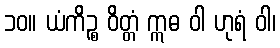
၁၀။ ယံကိဉ္စ ဝိတ္တံ ဣဓ ဝါ ဟုရံ ဝါ၊